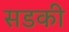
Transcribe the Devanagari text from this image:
सडकी